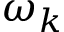
\omega _ { k }